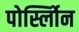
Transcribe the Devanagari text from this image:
पोर्स्लोिन